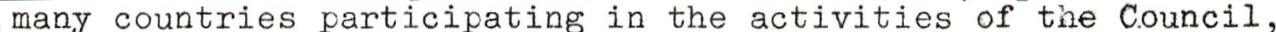
many countries participating in the activities of the Council ,